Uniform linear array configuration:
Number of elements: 4
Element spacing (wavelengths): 0.25
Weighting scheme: exponential
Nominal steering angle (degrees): -15
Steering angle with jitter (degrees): -13.324
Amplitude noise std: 0.05
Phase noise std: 0.05

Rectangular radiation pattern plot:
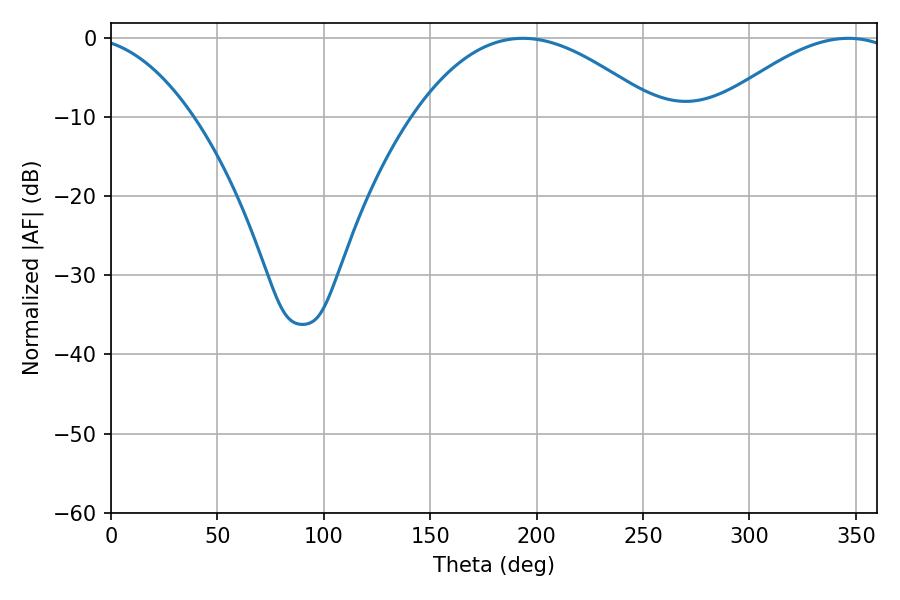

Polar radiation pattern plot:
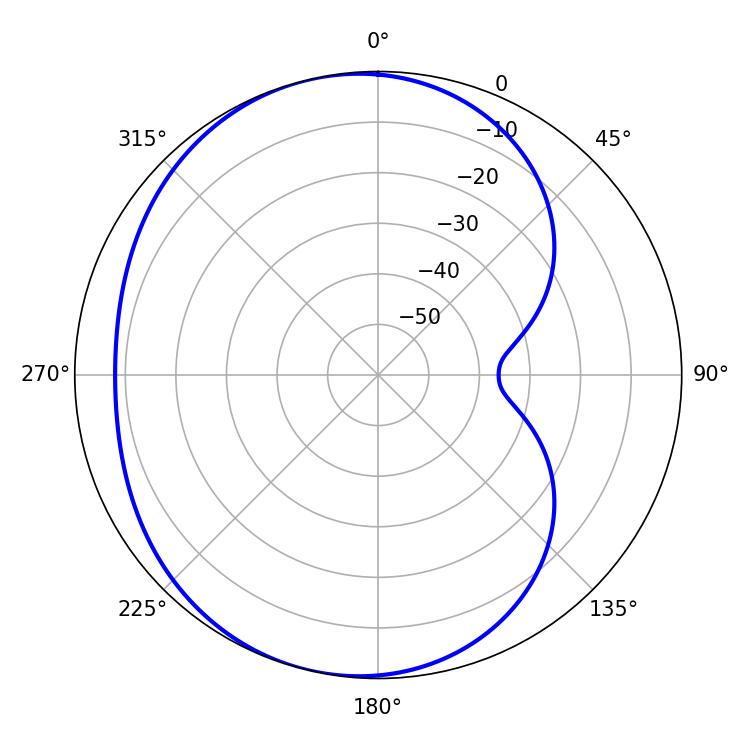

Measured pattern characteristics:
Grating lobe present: FALSE
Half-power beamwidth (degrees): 63
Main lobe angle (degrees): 193.5